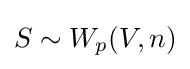
S\sim W_{p}(V,n)